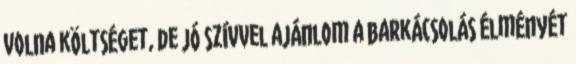
volna költséget, de jó szívvel ajánlom a barkácsolás élményét